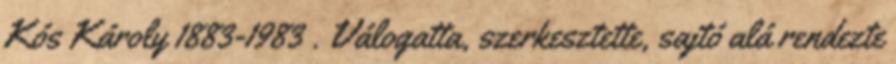
Kós Károly 1883-1983 . Válogatta, szerkesztette, sajtó alá rendezte